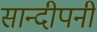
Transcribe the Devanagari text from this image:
सान्दीपनी